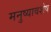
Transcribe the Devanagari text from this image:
मनुष्यावशेष